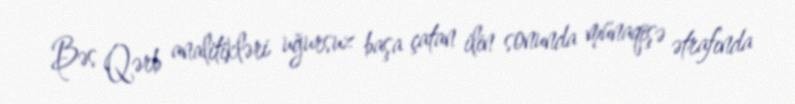
Bəs Qərb analitikləri uğursuz başa çatan ilin sonunda münaqişə ətrafında